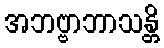
အဘဗ္ဗာဘာသန္တိ